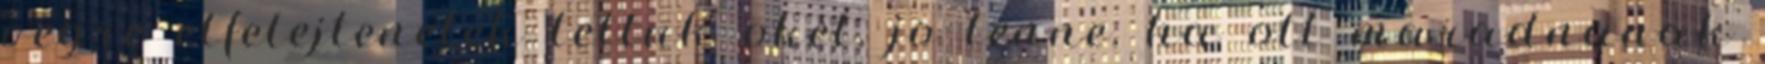
vegre elfelejtenetek tettuk oket, jo lenne, ha ott maradnanak